Preliminary report on a parasite found in persons suffering from enlargement of the spleen in India - Number 8
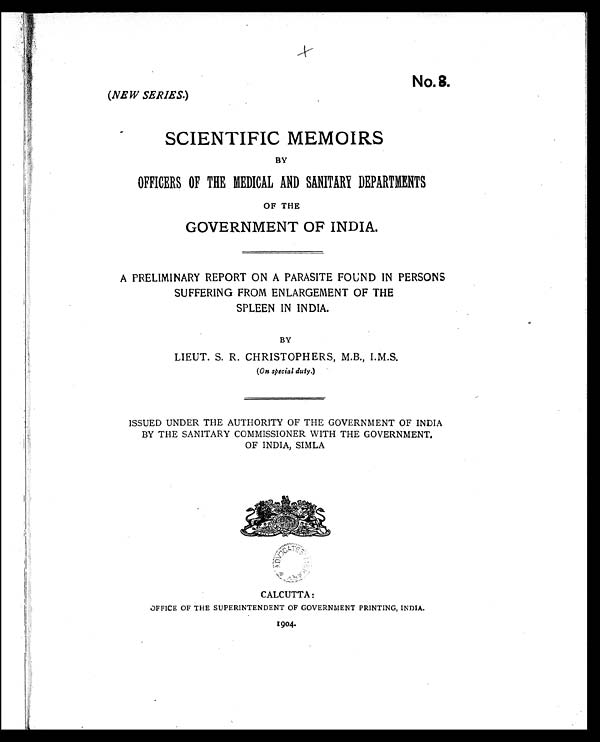
NO. 8.
(NEW SERIES.)
SCIENTIFIC MEMOIRS
BY
OFFICERS OF THE MEDICAL AND SANITARY DEPARTMENTS
OF THE
GOVERNMENT OF INDIA.
A PRELIMINARY REPORT ON A PARASITE FOUND IN PERSONS
SUFFERING FROM ENLARGEMENT OF THE
SPLEEN IN INDIA.
BY
LIEUT. S. R. CHRISTOPHERS, M.B., I.M.S.
(On special duty.)
ISSUED UNDER THE AUTHORITY OF THE GOVERNMENT OF INDIA
BY THE SANITARY COMMISSIONER WITH THE GOVERNMENT.
OF INDIA, SIMLA
C U L C U T T A :
OFFICE OF THE SUPERINTENDENT OF GOVERNMENT PRINTING, INDIA.
1904.